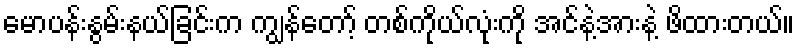
မောပန်းနွမ်းနယ်ခြင်းက ကျွန်တော့် တစ်ကိုယ်လုံးကို အင်နဲ့အားနဲ့ ဖိထားတယ်။